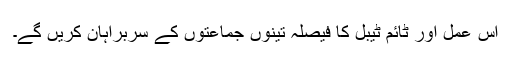
اس عمل اور ٹائم ٹیبل کا فیصلہ تینوں جماعتوں کے سربراہان کریں گے۔